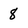
Character: 8